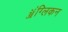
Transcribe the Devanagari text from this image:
ॲंग्लिकन